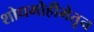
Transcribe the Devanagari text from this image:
शोधमोहीमेतून